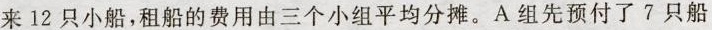
来12只小船，租船的费用由三个小组平均分摊。A组先预付了7只船